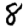
Digit: 8